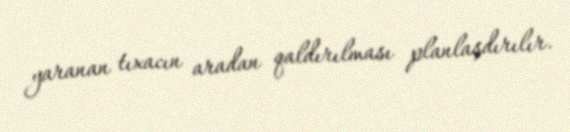
yaranan tıxacın aradan qaldırılması planlaşdırılır.